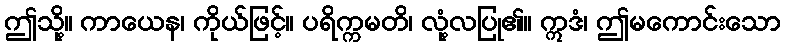
ဤသို့။ ကာယေန၊ ကိုယ်ဖြင့်။ ပရိက္ကမတိ၊ လုံ့လပြု၏။ ဣဒံ၊ ဤမကောင်းသော